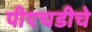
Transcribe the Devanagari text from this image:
पीएचडीचे